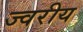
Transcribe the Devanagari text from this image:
ज्वरीय